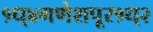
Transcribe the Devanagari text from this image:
१ध्४गणेशपूर१ध्२